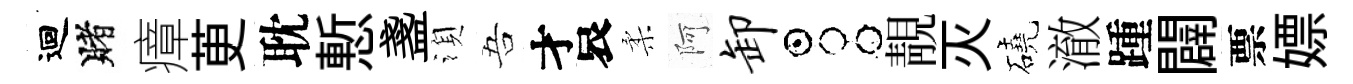
迴賭瘴茰耽慙盞湏吾才哀柔阿卸占靚灭磽澈踵闢票嫖